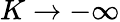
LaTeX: K\rightarrow-\infty